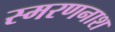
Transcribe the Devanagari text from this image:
स्मरणनाश